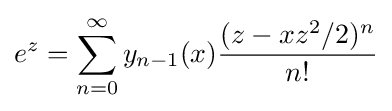
e^{z}=\sum _{n=0}^{\infty }y_{n-1}(x){\frac {(z-xz^{2}/2)^{n}}{n!}}